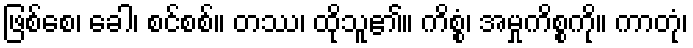
ဖြစ်စေ၊ ခေါ၊ စင်စစ်။ တဿ၊ ထိုသူ၏။ ကိစ္စံ၊ အမှုကိစ္စကို။ ကာတုံ၊